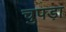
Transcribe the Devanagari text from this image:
चुपड़ा